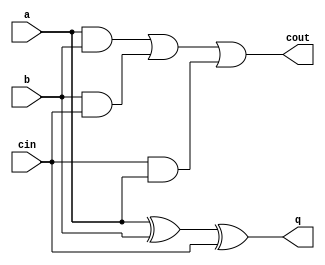
module fulladder(a, b, cin, q, cout);

input a, b, cin;
output q, cout;

assign q = a ^ b ^ cin;
assign cout = (a & b) | (b & cin) | (cin & a);

endmodule